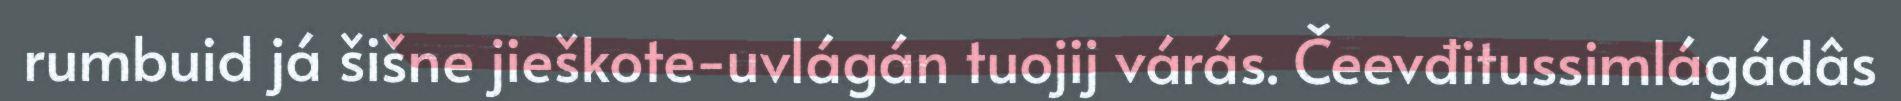
rumbuid já šišne jieškote-uvlágán tuojij várás. Čeevđitussimlágádâs